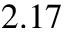
2 . 1 7